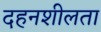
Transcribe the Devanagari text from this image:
दहनशीलता